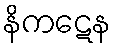
နိကဋေန